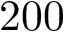
2 0 0